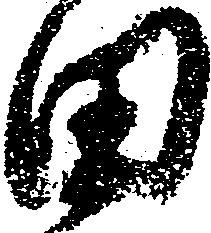
田